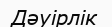
Дәуірлік